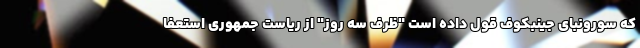
که سورونبای جینبکوف قول داده است "ظرف سه روز" از ریاست جمهوری استعفا